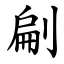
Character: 㓲